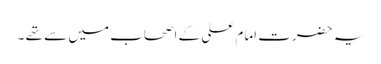
یہ حضرت امام علی کے اصحاب میں سے تھے ۔